Scottish Leaving Certificate Examination, 1959
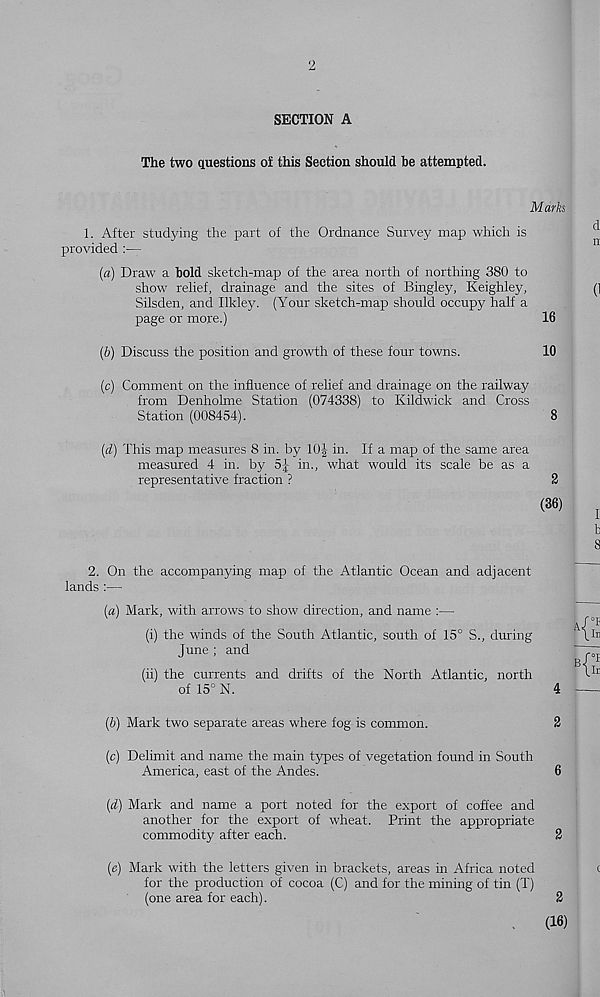
2
SECTION A
The two questions of this Section should be attempted.
Mark
1. After studying the part of the Ordnance Survey map which is
provided
(a) Draw a bold sketch-map of the area north of northing 380 to
show relief, drainage and the sites of Bingley, Keighley,
Silsden, and Ilkley. (Your sketch-map should occupy half a
page or more.)
16
(b) Discuss the position and growth of these four towns.
10
(c) Comment on the influence of relief and drainage on the railway
from Denholme Station (074338) to Kildwick and Cross
Station (008454).
8
(d) This map measures 8 in. by 10| in. If a map of the same area
measured 4 in. by 5J in., what would its scale be as a
representative fraction ?
2
(36)
2. On the accompanying map of the Atlantic Ocean and adjacent
lands :—
(a) Mark, with arrows to show direction, and name :—
(i) the winds of the South Atlantic, south of 15° S., during
June; and
(ii) the currents and drifts of the North Atlantic, north
of 15° N.
4
(b) Mark two separate areas where fog is common.
2
(c) Delimit and name the main types of vegetation found in South
America, east of the Andes.
6
(d) Mark and name a port noted for the export of coffee and
another for the export of wheat. Print the appropriate
commodity after each.
2
(e) Mark with the letters given in brackets, areas in Africa noted
for the production of cocoa (C) and for the mining of tin (T)
(one area for each).
2
(16)